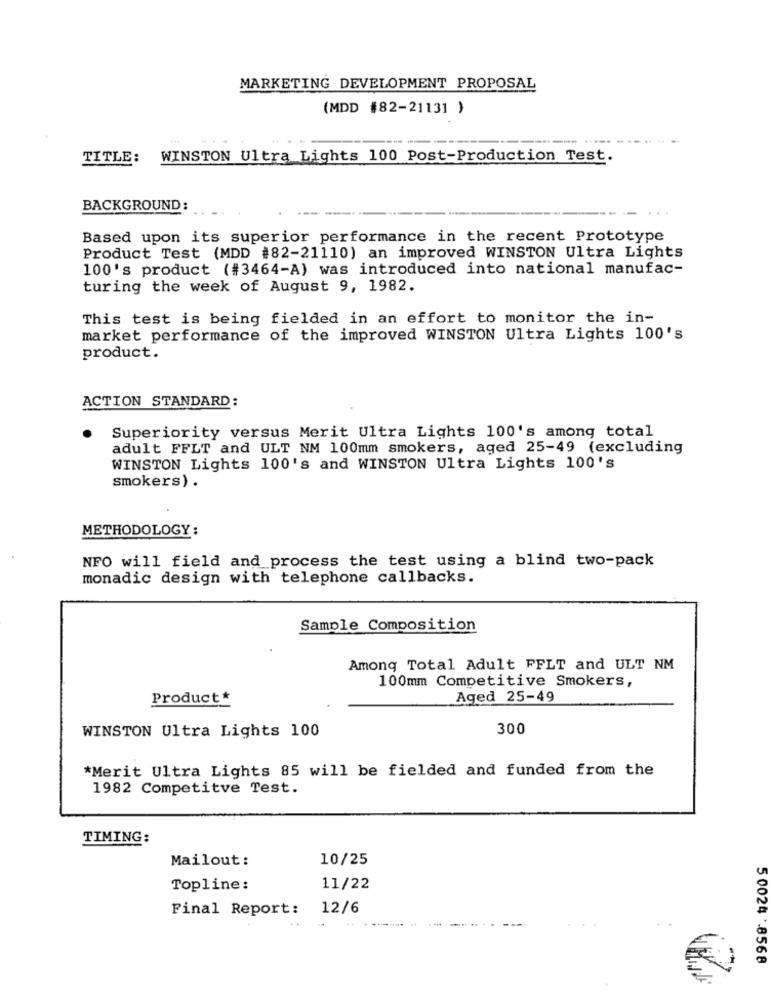
MARKETING DEVELOPMENT PROPOSAL
(MDD #82-21131 )
TITLE:
WINSTON Ultra Lights 100 Post-Production Test.
BACKGROUND:
Based upon its superior performance in the recent Prototype
Product Test (MDD #82-21110) an improved WINSTON Ultra Lights
100's product (#3464-A) was introduced into national manufac-
turing the week of August 9, 1982.
This test is being fielded in an effort to monitor the in-
market performance of the improved WINSTON Ultra Lights 100's
product.
ACTION STANDARD:
Superiority versus Merit Ultra Lights 100's among total
adult FFLT and ULT NM 100mm smokers, aged 25-49 (excluding
WINSTON Lights 100's and WINSTON Ultra Lights 100's
smokers) .
METHODOLOGY:
NFO will field and process the test using a blind two-pack
monadic design with telephone callbacks.
Sample Composition
Among Total Adult FFLT and ULT NM
100mm Competitive Smokers,
Product*
Aged 25-49
300
WINSTON Ultra Lights 100
*Merit Ultra Lights 85 will be fielded and funded from the
1982 Competitve Test.
TIMING:
Mailout :
10/25
Topline:
11/22
Final Report:
12/6
5 0024 .8568